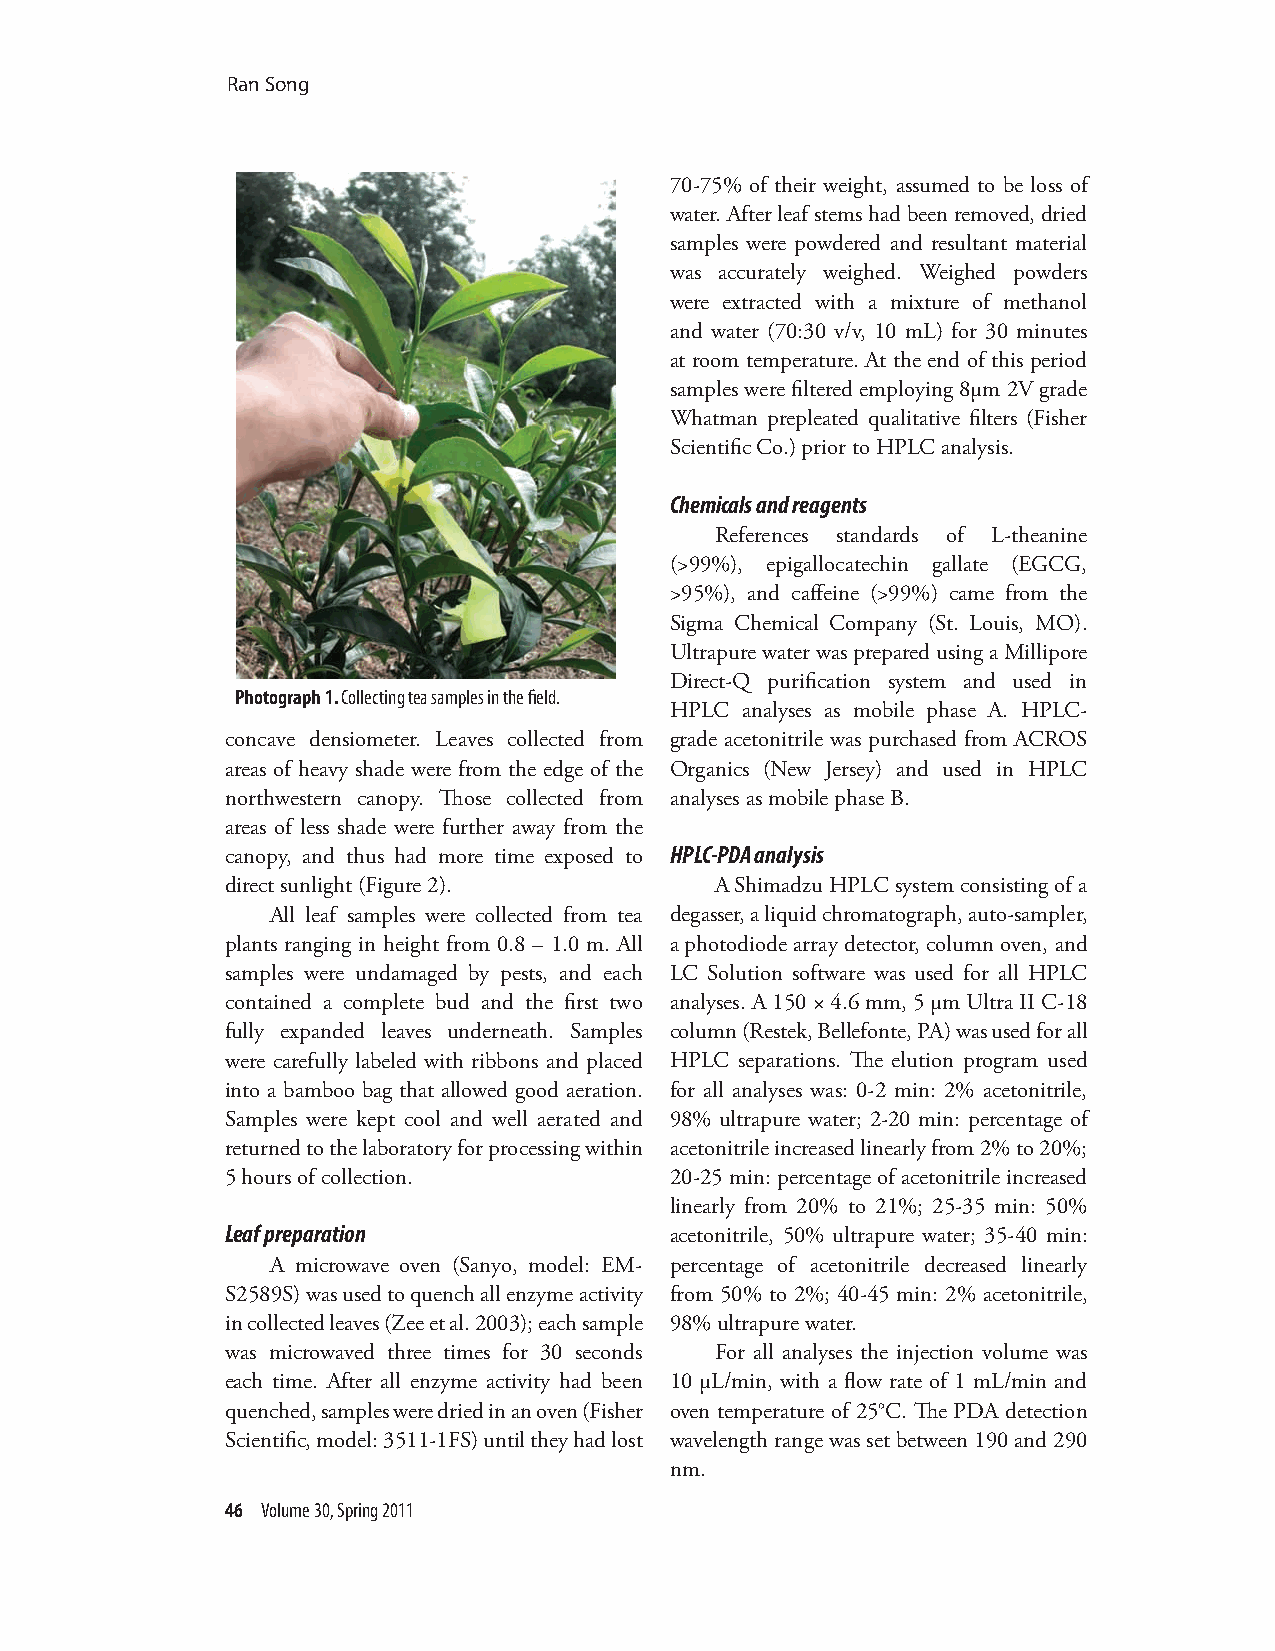
Ran Song
 70-75% of their weight, assumed to be loss of
 water. After leaf stems had been removed, dried
 samples were powdered and resultant material
 was accurately weighed. Weighed powders
 were extracted with a mixture of methanol
 and water (70:30 v/v, 10 mL) for 30 minutes
 at room temperature. At the end of this period
 samples were filtered employing 8µm 2V grade
 Whatman prepleated qualitative filters (Fisher
 Scientific Co.) prior to HPLC analysis.
 Chemicals and reagents
 References standards of L-theanine
 (>99%), epigallocatechin gallate (EGCG,
 >95%), and caffeine (>99%) came from the
 Sigma Chemical Company (St. Louis, MO).
 Ultrapure water was prepared using a Millipore
 Direct-Q purification system and used in
 Photograph 1. Collecting tea samples in the field.
 HPLC analyses as mobile phase A. HPLC-
 concave densiometer. Leaves collected from grade acetonitrile was purchased from ACROS
 areas of heavy shade were from the edge of the Organics (New Jersey) and used in HPLC
 northwestern canopy. Those collected from analyses as mobile phase B.
 areas of less shade were further away from the
 canopy, and thus had more time exposed to HPLC-PDA analysis
 direct sunlight (Figure 2).     A Shimadzu HPLC system consisting of a
 All leaf samples were collected from tea degasser, a liquid chromatograph, auto-sampler,
 plants ranging in height from 0.8 – 1.0 m. All a photodiode array detector, column oven, and
 samples were undamaged by pests, and each LC Solution software was used for all HPLC
 contained a complete bud and the first two analyses. A 150 × 4.6 mm, 5 µm Ultra II C-18
 fully expanded leaves underneath. Samples column (Restek, Bellefonte, PA) was used for all
 were carefully labeled with ribbons and placed HPLC separations. The elution program used
 into a bamboo bag that allowed good aeration. for all analyses was: 0-2 min: 2% acetonitrile,
 Samples were kept cool and well aerated and 98% ultrapure water; 2-20 min: percentage of
 returned to the laboratory for processing within acetonitrile increased linearly from 2% to 20%;
 5 hours of collection.       20-25 min: percentage of acetonitrile increased
 linearly from 20% to 21%; 25-35 min: 50%
 Leaf preparation             acetonitrile, 50% ultrapure water; 35-40 min:
 A microwave oven (Sanyo, model: EM- percentage of acetonitrile decreased linearly
 S2589S) was used to quench all enzyme activity from 50% to 2%; 40-45 min: 2% acetonitrile,
 in collected leaves (Zee et al. 2003); each sample 98% ultrapure water.
 was microwaved three times for 30 seconds For all analyses the injection volume was
 each time. After all enzyme activity had been 10 µL/min, with a flow rate of 1 mL/min and
 quenched, samples were dried in an oven (Fisher oven temperature of 25°C. The PDA detection
 Scientific, model: 3511-1FS) until they had lost wavelength range was set between 190 and 290
 nm.
 46 Volume 30, Spring 2011